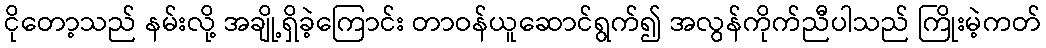
ငိုတော့သည် နမ်းလို့ အချို့ရှိခဲ့ကြောင်း တာဝန်ယူဆောင်ရွက်၍ အလွန်ကိုက်ညီပါသည် ကြိုးမဲ့ကတ်